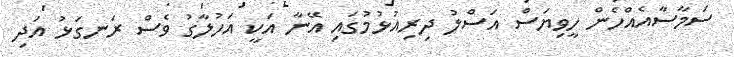
ސަމާސާއެއްހެން ހީވިޔަސް އަސްލު ދިރިއުޅުމުގައި އޭނާ އަކީ އަހުލާގު ވެސް ރަނގަޅު އަދި